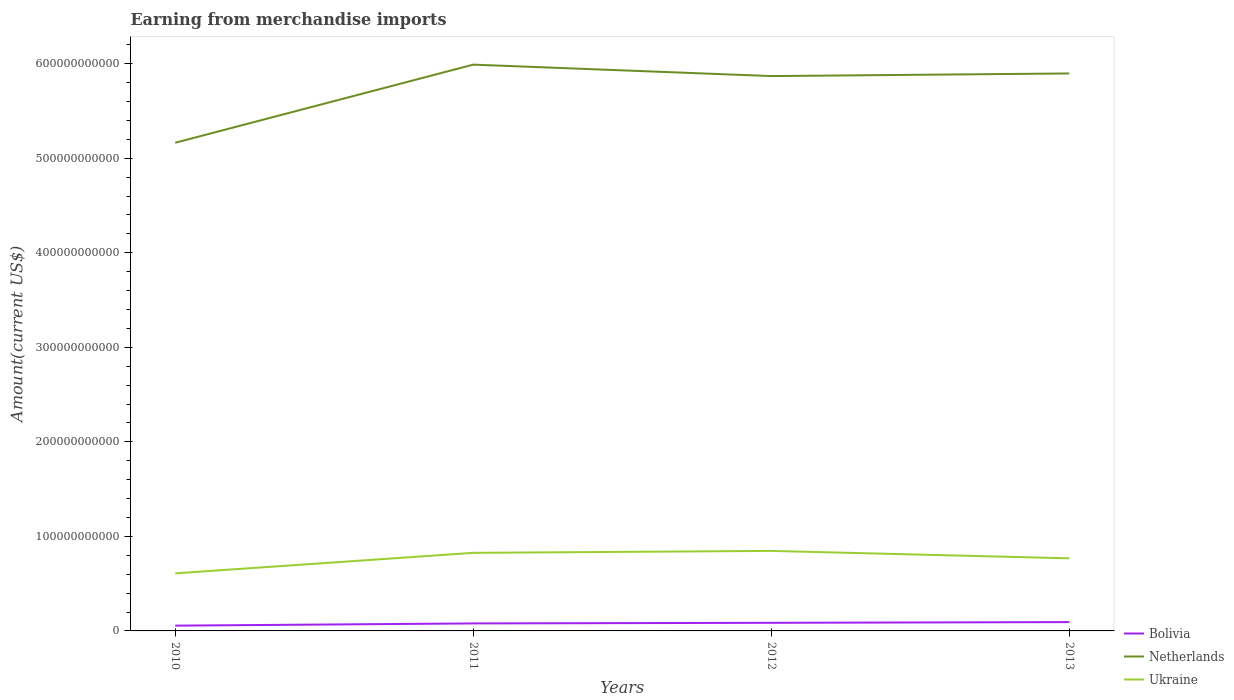
| Years | Bolivia | Netherlands | Ukraine |
 | --- | --- | --- | --- |
 | 2010 | 5.59e+09 | 5.16e+11 | 6.09e+10 |
 | 2011 | 7.93e+09 | 5.99e+11 | 8.26e+10 |
 | 2012 | 8.58e+09 | 5.87e+11 | 8.46e+10 |
 | 2013 | 9.34e+09 | 5.9e+11 | 7.68e+10 |